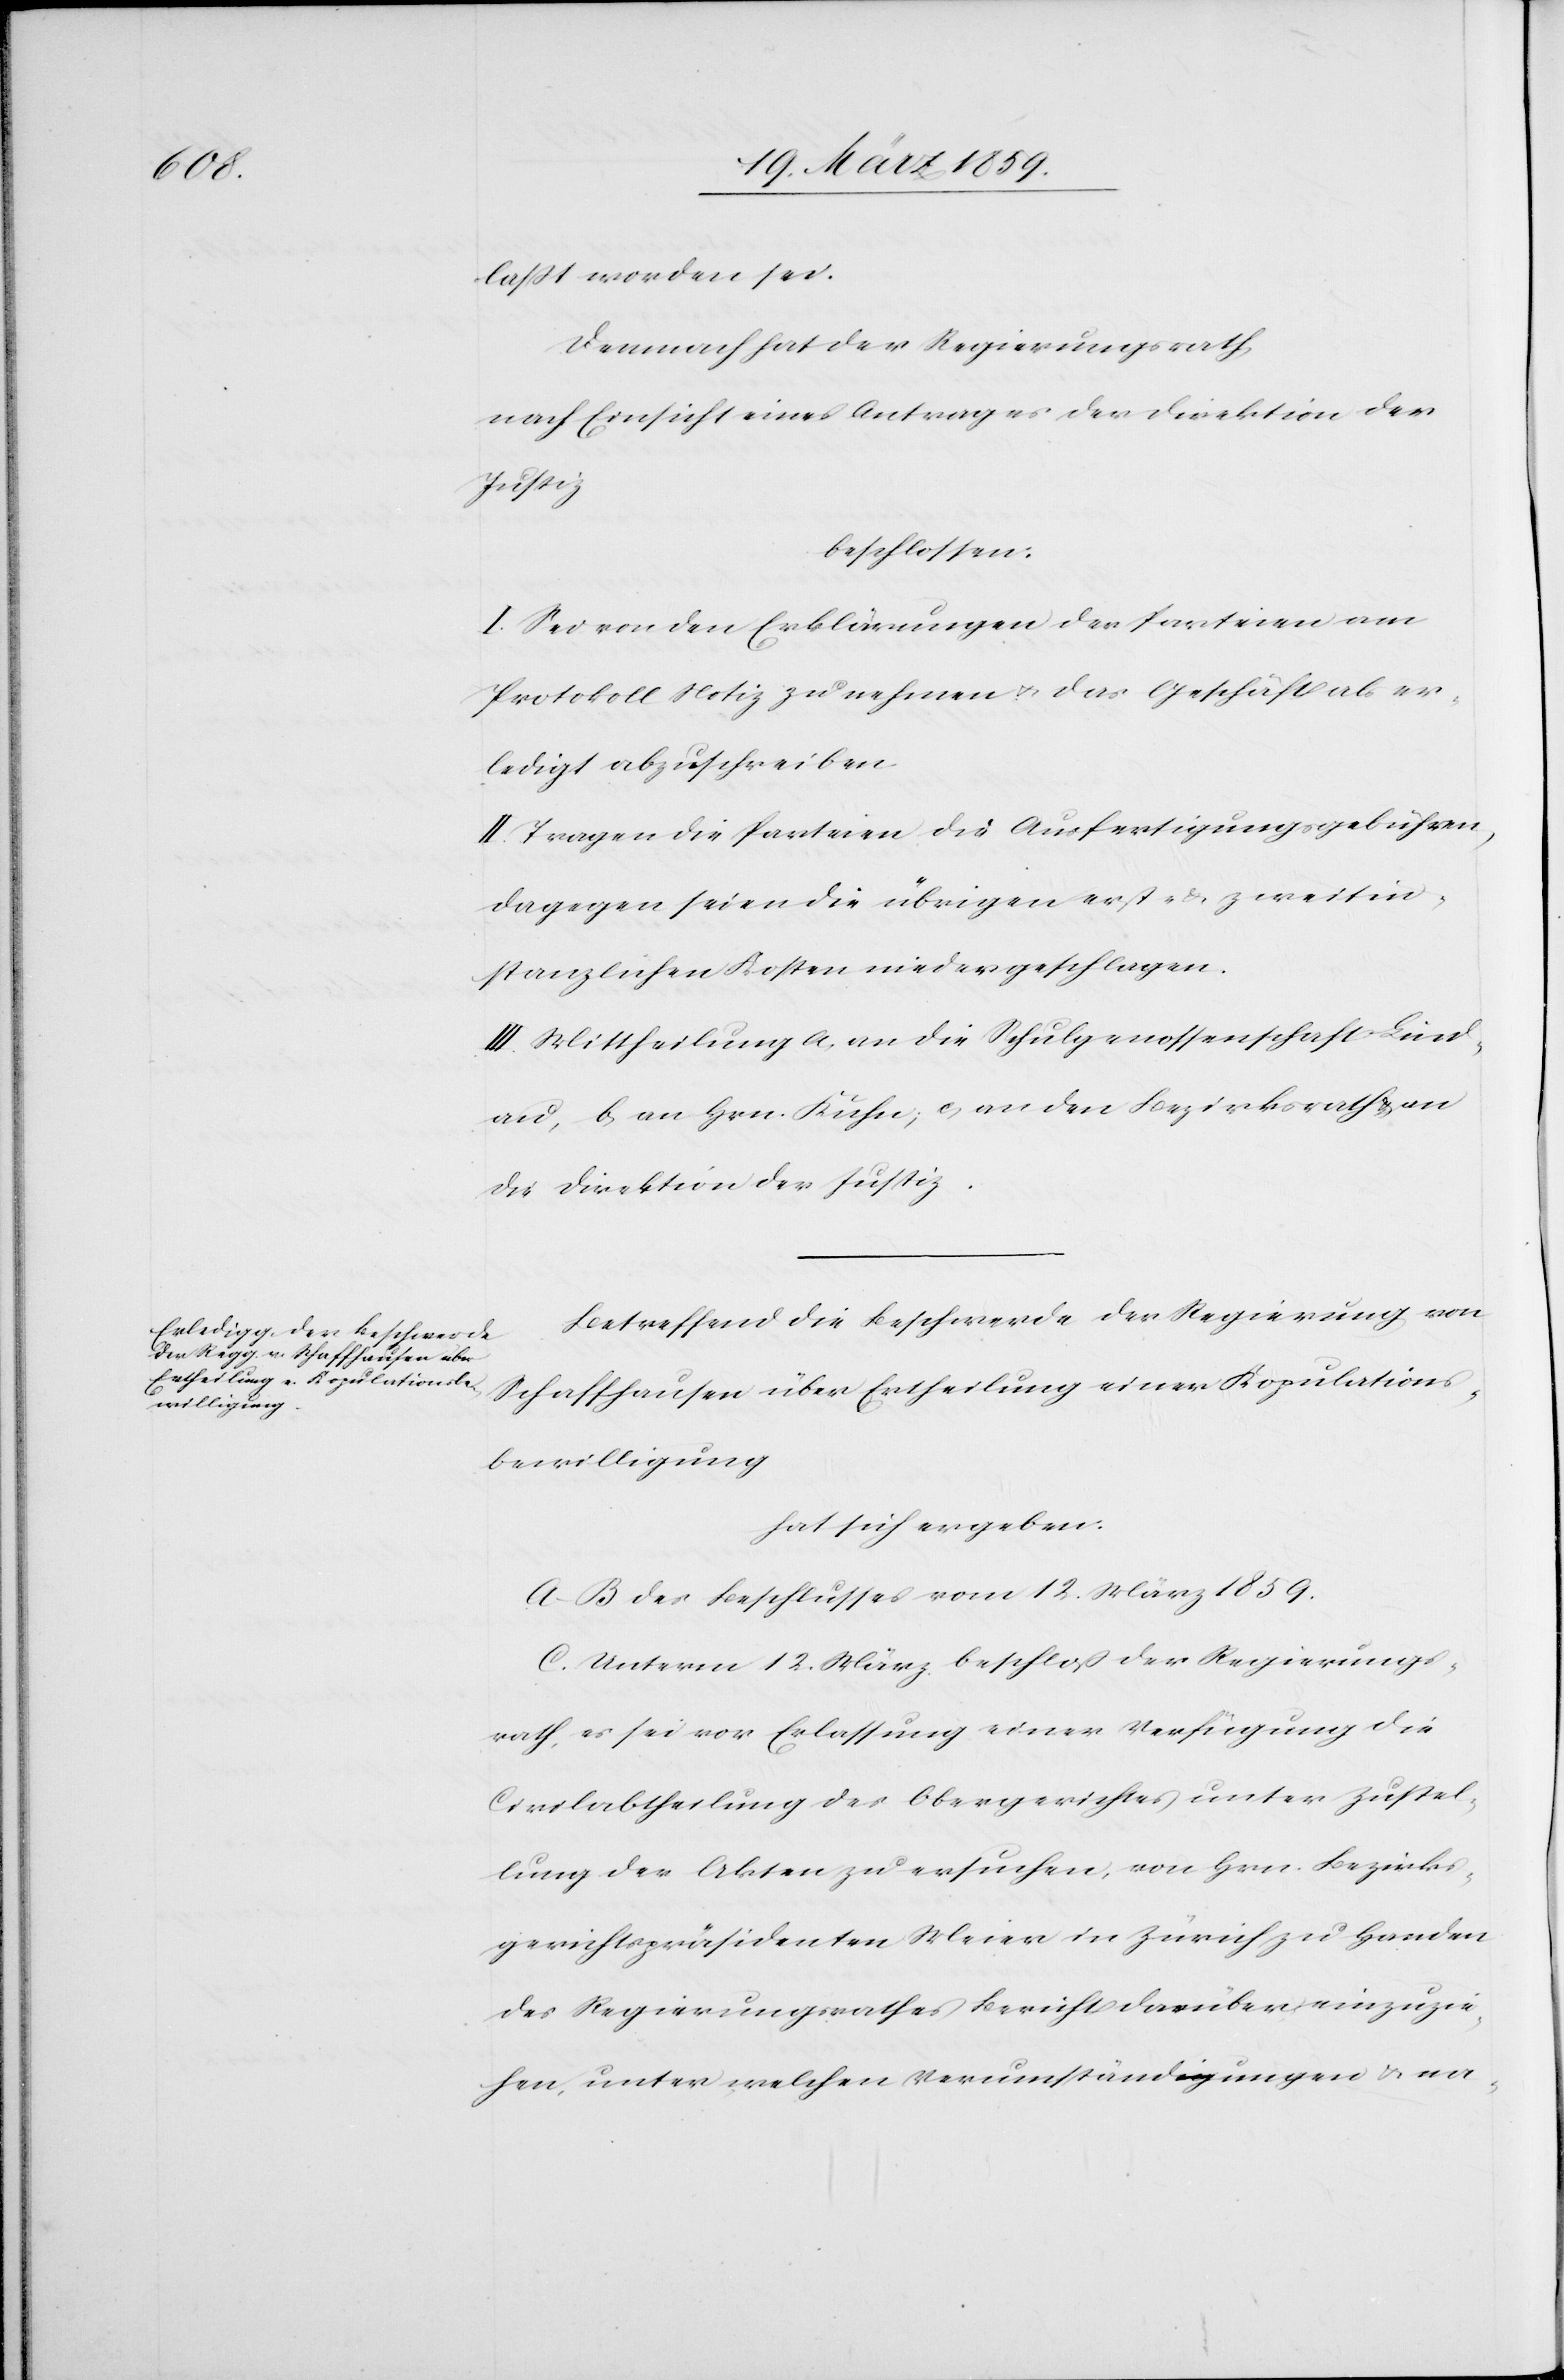
laßt worden sei.
Demnach hat der Regierungsrath,
nach Einsicht eines Antrages der Direktion der
Justiz
beschlossen:
I. Sei von den Erklärungen der Parteien am
Protokoll Notiz zu nehmen u. das Geschäft als er¬
ledigt abzuschreiben.
II. Tragen die Parteien die Ausfertigungsgebühren,
dagegen seien die übrigen erst- & zweitin¬
stanzlichen Kosten niedergeschlagen.
III. Mittheilung a, an die Schulgenossenschaft Lind¬
au, b, an Hrn. Kuhn, c, an den Bezirksrath u. an
die Direktion der Justiz.
Betreffend die Beschwerde der Regierung von
Schaffhausen über Ertheilung einer Kopulations¬
bewilligung
hat sich ergeben:
A–B des Beschlusses vom 12. März 1859.
C. Unterm 12. März beschloß der Regierungs¬
rath, es sei vor Erlassung einer Verfügung die
Civilabtheilung des Obergerichtes unter Zustel¬
lung der Akten zu ersuchen, von Hrn. Bezirks¬
gerichtspräsidenten Meier in Zürich zu Handen
des Regierungsrathes Bericht darüber einzuzie¬
hen, unter welchen Verumständigungen u. na-